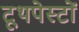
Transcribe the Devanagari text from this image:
टूथपेस्टों